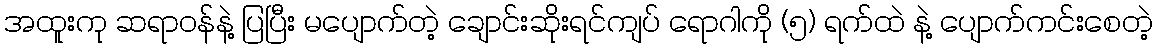
အထူးကု ဆရာဝန်နဲ့ ပြပြီး မပျောက်တဲ့ ချောင်းဆိုးရင်ကျပ် ရောဂါကို (၅) ရက်ထဲ နဲ့ ပျောက်ကင်းစေတဲ့